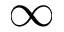
\infty